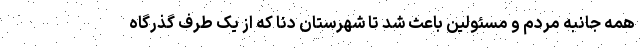
همه جانبه مردم و مسئولین باعث شد تا شهرستان دنا که از یک طرف گذرگاه